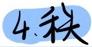
4.秩